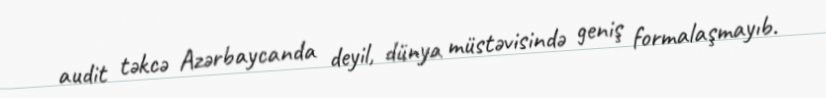
audit təkcə Azərbaycanda deyil, dünya müstəvisində geniş formalaşmayıb.